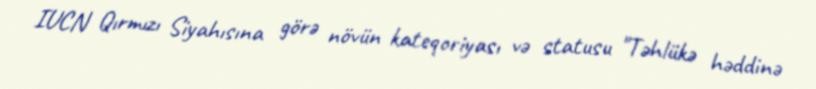
IUCN Qırmızı Siyahısına görə növün kateqoriyası və statusu "Təhlükə həddinə